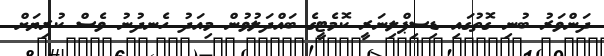
ދަންވަރު ބުނި ގޮތުގައި ޑިސިޕްލިނަރީ ކޮމެޓީގެ ބައްދަލުވުން މިއަދު ހެނދުނު ވެސް ކުރިޔަށް